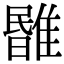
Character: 𩀃